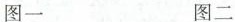
图一 图二